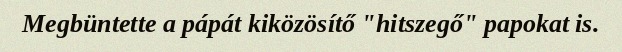
Megbüntette a pápát kiközösítő "hitszegő" papokat is.